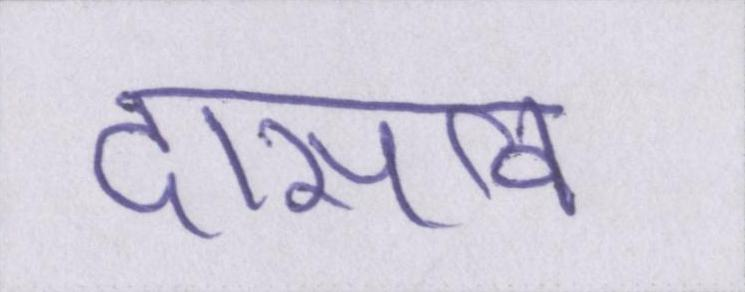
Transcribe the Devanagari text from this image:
दासत्व